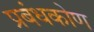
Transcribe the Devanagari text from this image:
प्रबंधकोण